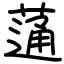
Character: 蓪